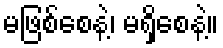
မဖြစ်စေနဲ့၊ မရှိစေနဲ့။